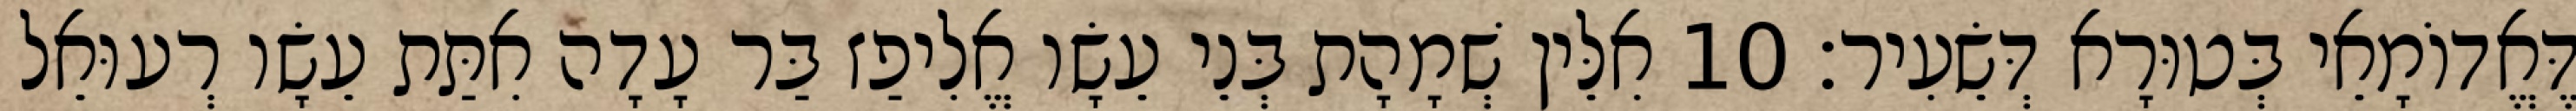
דֶּאֱדוֹמָאֵי בְּטוּרָא דְּשֵׂעִיר׃ 10 אִלֵּין שְׁמָהָת בְּנֵי עֵשָׂו אֱלִיפַז בַּר עָדָה אִתַּת עֵשָׂו רְעוּאֵל